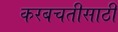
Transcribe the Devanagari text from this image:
करबचतीसाठी